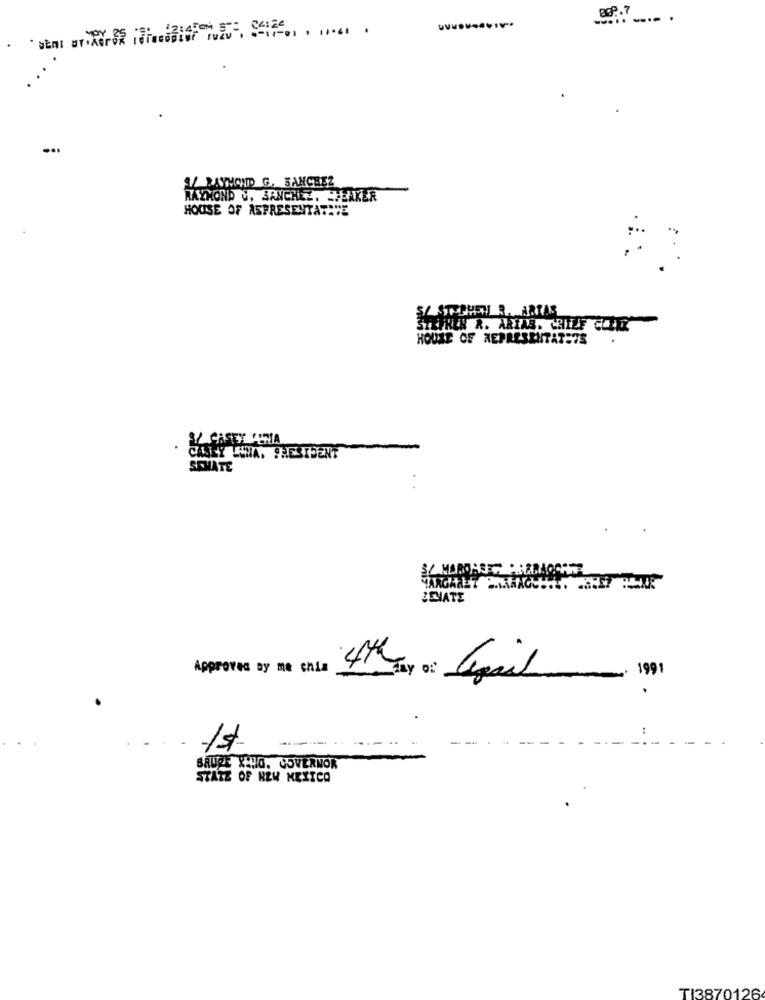
89.7
.
1/ RAYMOND G. SANCHEZ
RAYMOND C. SANCHEZ. SHEAKER
HOUSE OF ASPRESENTATITE
PET R. ARTAS
STEPHEN R. ARIAS. GRILLF CONTI
HOUSE OF REPRESENTATETS
SI CASEY VENTA
CASEY JENA. PRESIDENT
SEMATE
SENATE
Approved by me chia
4th day o: Ligail
199
-----
-1st-
....-
SAURE TANO. GOVERNOR
STATE OF NEW MEXICO
TI3870126